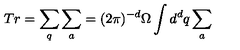
T r = \sum _ { q } \sum _ { a } = ( 2 \pi ) ^ { - d } \Omega \int { d } ^ { d } q \sum _ { a }